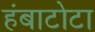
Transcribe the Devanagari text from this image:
हंबाटोटा